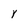
Character: Y